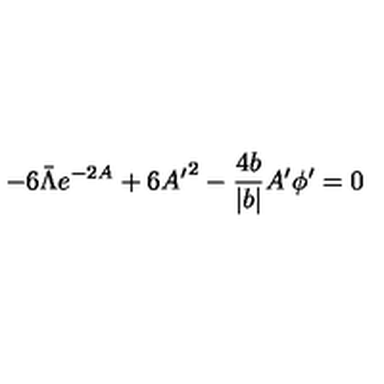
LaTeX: - 6 \bar { \Lambda } e ^ { - 2 A } + 6 { A ^ { \prime } } ^ { 2 } - \frac { 4 b } { | b | } A ^ { \prime } \phi ^ { \prime } = 0